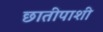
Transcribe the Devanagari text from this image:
छातीपाशी